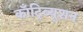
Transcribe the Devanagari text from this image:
काँट्रिब्यूशन